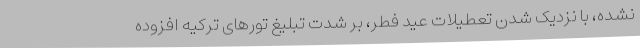
نشده، با نزدیک شدن تعطیلات عید فطر، بر شدت تبلیغ تورهای ترکیه افزوده